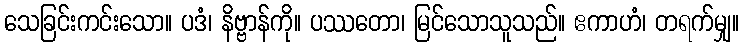
သေခြင်းကင်းသော။ ပဒံ၊ နိဗ္ဗာန်ကို။ ပဿတော၊ မြင်သောသူသည်။ ဧကာဟံ၊ တရက်မျှ။